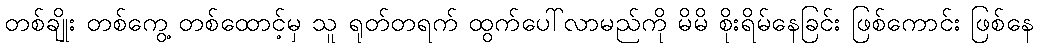
တစ်ချိုး တစ်ကွေ့ တစ်ထောင့်မှ သူ ရုတ်တရက် ထွက်ပေါ်လာမည်ကို မိမိ စိုးရိမ်နေခြင်း ဖြစ်ကောင်း ဖြစ်နေ